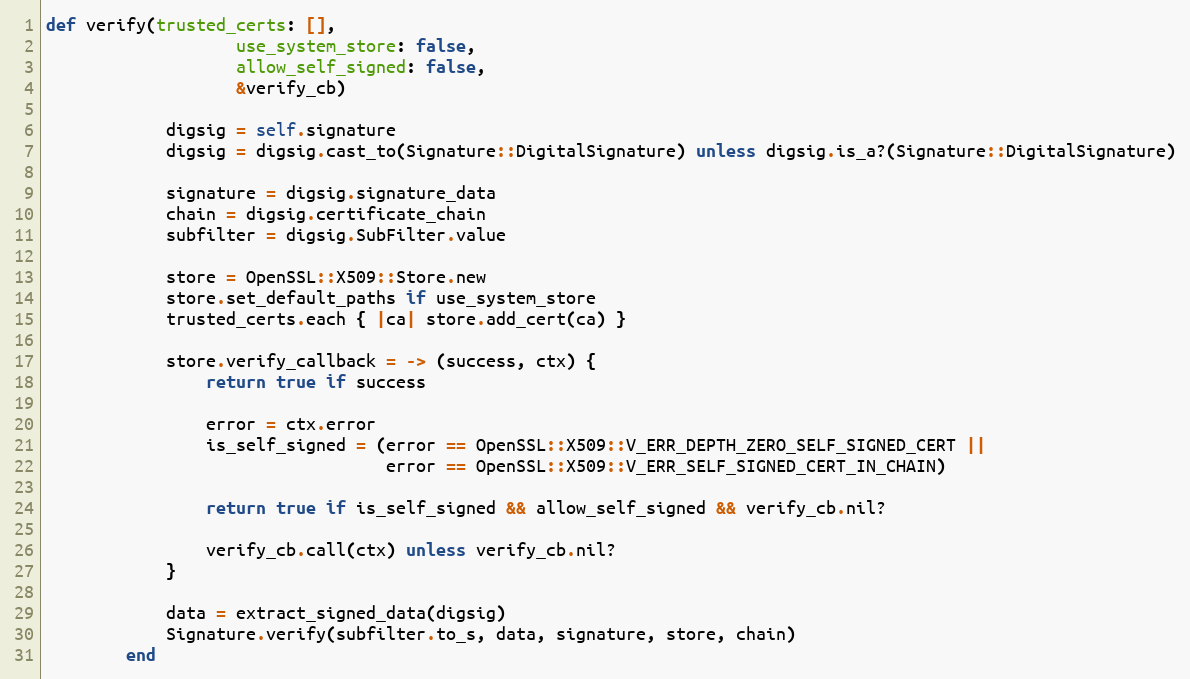
Language: Ruby
def verify(trusted_certs: [],
                   use_system_store: false,
                   allow_self_signed: false,
                   &verify_cb)

            digsig = self.signature
            digsig = digsig.cast_to(Signature::DigitalSignature) unless digsig.is_a?(Signature::DigitalSignature)

            signature = digsig.signature_data
            chain = digsig.certificate_chain
            subfilter = digsig.SubFilter.value

            store = OpenSSL::X509::Store.new
            store.set_default_paths if use_system_store
            trusted_certs.each { |ca| store.add_cert(ca) }

            store.verify_callback = -> (success, ctx) {
                return true if success

                error = ctx.error
                is_self_signed = (error == OpenSSL::X509::V_ERR_DEPTH_ZERO_SELF_SIGNED_CERT ||
                                  error == OpenSSL::X509::V_ERR_SELF_SIGNED_CERT_IN_CHAIN)

                return true if is_self_signed && allow_self_signed && verify_cb.nil?

                verify_cb.call(ctx) unless verify_cb.nil?
            }

            data = extract_signed_data(digsig)
            Signature.verify(subfilter.to_s, data, signature, store, chain)
        end